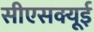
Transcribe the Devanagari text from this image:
सीएसक्यूई